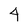
Character: 4